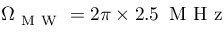
\Omega _ { \mathrm { ~ M ~ W ~ } } = 2 \pi \times 2 . 5 \, \mathrm { ~ M ~ H ~ z ~ }